Statistics compiled by the Government of India from the reports of provincial Civil Veterinary Departments
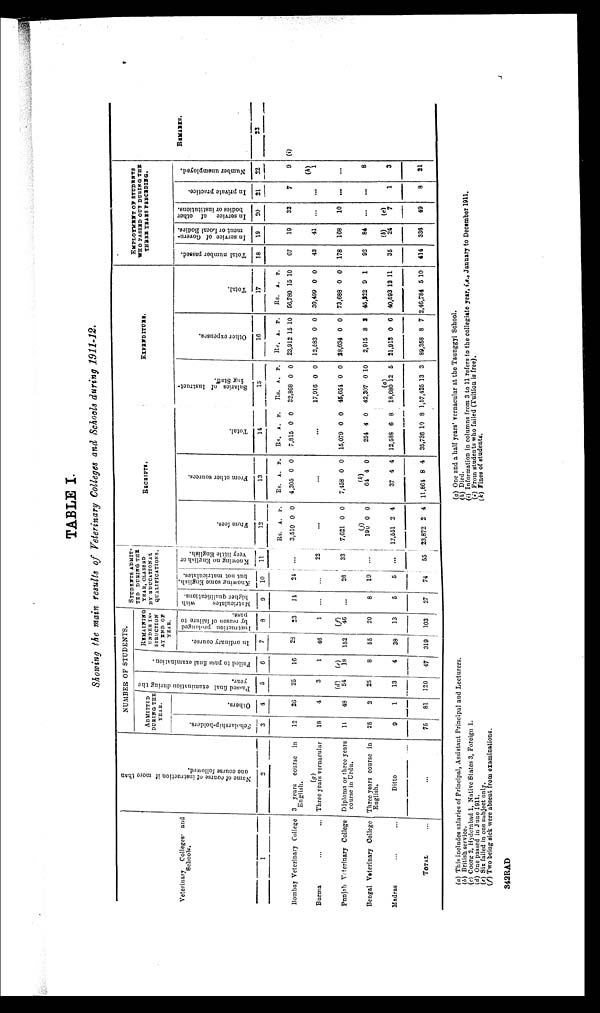
TABLE I.
Showing the main results of Veterinary Colleges and Schools during 1911-12.
Veterinary
Colleges
and
Schools.
1
Bombay Veterinary College
Burma ... ...
Punjab Veterinary College
Bengal Veterinary College
Madras ... ...
TOTAL ...
Name of course of instruction if more than
one course followed.
2
3 years
course
in
English.
(g)
Three years vernacular
Diploma or three years
course in Urdu.
Three years course in
English.
Ditto
...
NUMBER OF STUDENTS.
ADMITTED
DURING THE
YEAR.
Scholarship-holders.
3
12
18
11
25
9
75
Others.
4
26
4
48
2
1
81
Passed final
examination during the
5
25
3
(d)
54
25
13
120
Failed to pass final examination.
6
16
1
(e)
18
8
4
47
REMAINING
UNDER IN-
STRUCTION
AT END OF
YEAR.
In ordinary course.
7
28
46
152
55
38
319
Instruction prolonged
by reason of failure to
pass.
8
23
1
(f)
46
20
13
103
STUDENTS ADMIT-
TED DURING
THE
YEAR, CLASSED
BY EDUCATIONAL
QUALIFICATIONS.
Matriculates
with
higher qualifications.
9
14
...
...
8
5
27
Knowing some English.
but not matriculates.
10
24
...
26
19
5
74
Knowing no English or
very little English.
11
...
22
33
...
...
55
RECEIPTS.
Fr om fees.
12
Rs.
3,510
...
7,621
(j)
190
12,551
23,872
A.
0
0
0
2
2
P.
0
0.
0
4
4
Fr om other sources.
13
Rs.
4,305
...
7,458
(k)
64
37
11,864
A.
0
0
4
4
8
P.
0
0
0
4
4
Tot al .
14
Rs.
7,815
...
15,079
254
12,588
35,736
A.
0
0
4
6
10
P.
0
0
0
8
8
EXPENDITURE
Sal ar i
es of I ns t
r uct -
ing Staff.
15
Rs.
32,868
17,916
45,654
42,307
(a)
18,680
1,57,425
A.
0
0
0
0
12
13
P.
0
0
0
10
5
3
Ot her expens es .
16
Rs.
23,912
12,583
28,034
2,915
21,913
89,358
A.
15
0
0
8
0
8
P.
10
0
0
3
6
7
Tot al .
17
Rs.
56,780
30,499
73,688
45,222
40,593
2,46,784
A.
15
0
0
9
12
5
P.
10
0
0
1
11
10
EMPLOYMENT OF STUDENTS
WHO PASSED OUT DURING THE
THREE YEARS PRECEDING.
Total number passed.
18
67
42
178
92
35
414
In service of Govern-
ment or Local Bodies.
19
19
41
168
84
(b)
24
336
In service of other
bodies or institutions.
20
32
...
10
...
(c)
7
49
In private practice
21
7
...
...
...
1
8
Number unemployed.
22
9
(h)
1
...
8
3
21
REMARKS.
23
(i)
(a) This includes salaries of Principal, Assistant Principal and Lecturers.
(b) British service.
(c) Coorg 2, Hyderabad 1, Native States 3, Foreign 1.
(d) One passed in June 1911.
(e) Six failed in one subject only.
(f) Two being sick were absent from examinations.
(g) One and a half years' vernacular at the Taunggyi School.
(h) Died.
(i) Information in columns from 3 to 11 refers to the collegiate year, i.e., January to December 1911.
(j) From students who failed (Tuition is free).
(k) Fines of students.
342RAD